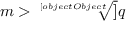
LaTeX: m > { \sqrt [ [object Object] ] { q } }